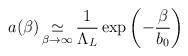
\begin{align*}a(\beta) \mathop\simeq_{\beta\to \infty} \frac{1}{\Lambda_L}\exp\left(-\frac{\beta}{b_0}\right) \end{align*}